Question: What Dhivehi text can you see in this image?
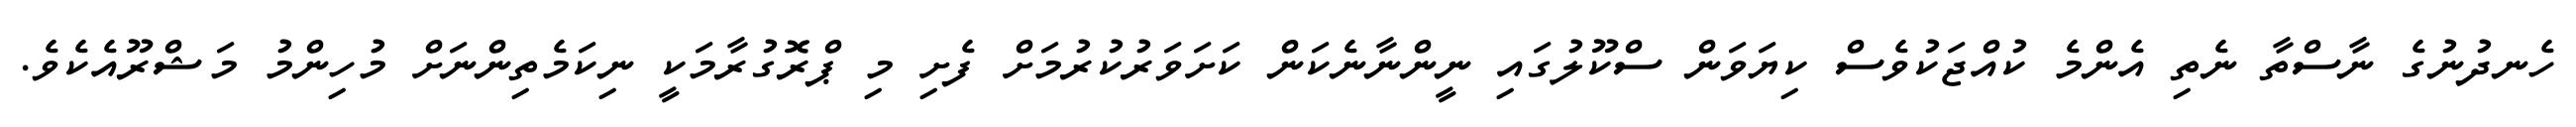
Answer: ހެނދުނުގެ ނާސްތާ ނެތި އެންމެ ކުއްޖަކުވެސް ކިޔަވަން ސްކޫލުގައި ނީންނާނެކަން ކަށަވަރުކުރުމަށް ފެށި މި ޕްރޮގުރާމަކީ ނިކަމެތިންނަށް މުހިންމު މަޝްރޫއެކެވެ.